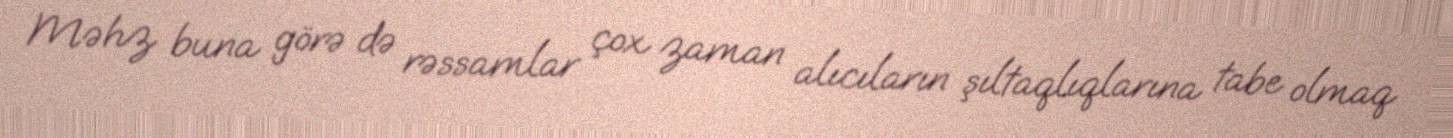
Məhz buna görə də rəssamlar çox zaman alıcıların şıltaqlıqlarına tabe olmaq